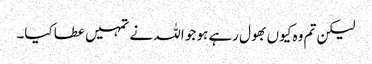
لیکن تم وہ کیوں بھول رہے ہو جو اللہ نے تمہیں عطا کیا۔